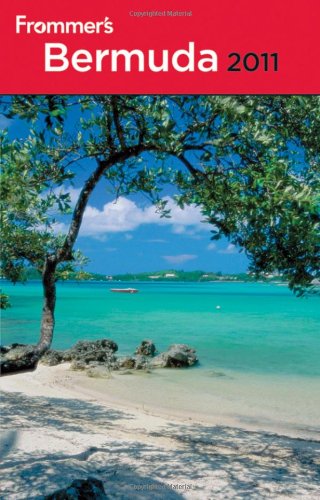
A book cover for Frommer's Bermuda 2011 (Frommer's Complete Guides); Darwin Porter; Travel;